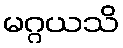
မဂ္ဂယသိ